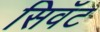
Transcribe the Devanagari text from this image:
सिवॅट